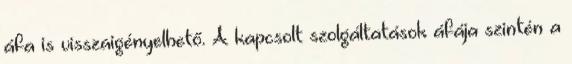
áfa is visszaigényelhető. A kapcsolt szolgáltatások áfája szintén a